Leaving Certificate Examination (including Day School Certificate (Higher) General paper), 1929
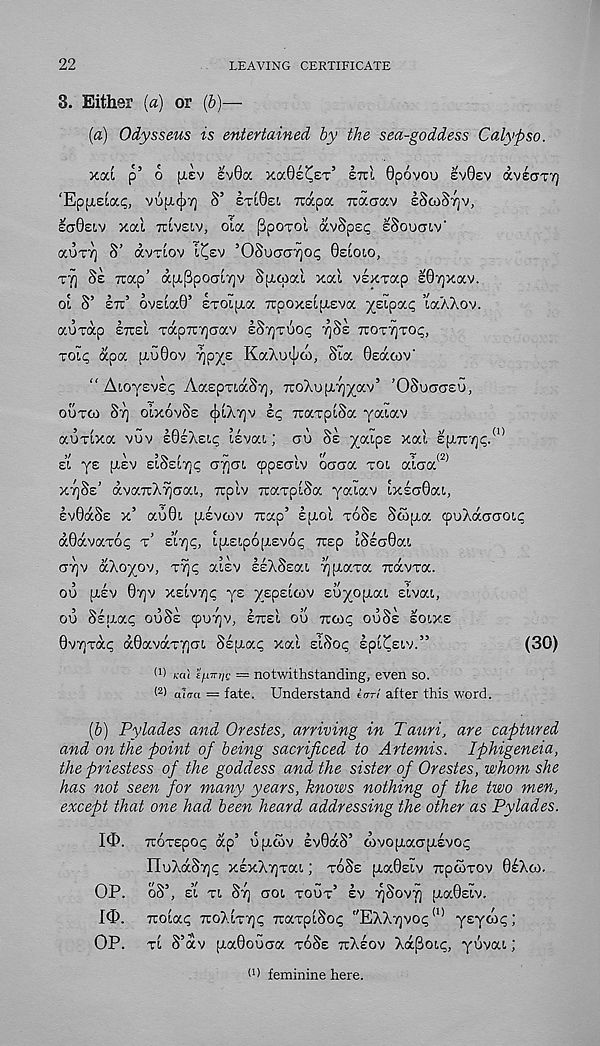
22
LEAVING CERTIFICATE
8. Either («) or (b)—
(a) Odysseus is entertained by the sea-goddess Calypso.
xod p’ 6 [LEV !v0oc xaGe^ST 5 ini Gpovou EVGEV aviary}
‘EpfLEiai;, vup.cj)7] S’ ETIGEI TOXpa naaocv iSo)8y]v,
iadsiv xod TCivsiv, ola Ppoxol avSps^ ISoucnv -
KUT7] S’ (XVTLOV l^EV ’OSu(TCT7]Oi; 0SLOIO,
TJ1 Si Trap’ dji,[3pocTi7]v Spicoal xal vsxvap IGyjxav.
oi S’ in’ ovsiaG’ STOipia TTpoxsipiEva xeipa? laXXov.
auxdp ETTEI TapTCTjcrav ES7)TUO<; ^SE TTOTTjTO^,
xoip dpa u.G0ov 7]px £ KaXi>(J;d), Sia Gsdoov'
" AioysvEi; AaspTidST), TcoXoptyj^av’ ’OSOCTCJEU,
OUTO) ST] oixovSs cjiiXiQv ip TtaxpiSa yaiav
aoTixa vuv EGEXEIP isvai; au SE yaips xal £pL7i'/]p. (I)
EI ys piiv siSsiTjp G7]at 9p£aiv oaaoc roi odaa (2>
XT]SE’ dvccnXyjaoa, rcplv rcaxpiSa yaiav ixsaGai,
EvGdSs x’ ao0i piEvcov Trap’ Ipiol XOSE Swpia <puXd(7croi<;
dGdvaxot; x’ E’ITJC, ipi£ip6[X£v6<; Trsp iSsaGai
ayjv oCkoyov, xTjp aisv EEXSEKI T^piaxa irdvxa.
oo pilv 07)v XEivyc ys yspsicov suyopiai sivai,
ou Ssaap OOSE cpu7)v, ETTEI OU noop ouSs soixs
GvTjxdp d0avdx7]cu Sspiap xai siSoc; spi^Eiv.”
I 1 ) rai ifxiviiQ = notwithstanding, even so.
( 2 > a lira = fate. Understand tor/ after this word.
(30)
(&) Pylades and Orestes, arriving in Tauri, are captured
and on the point of being sacrificed to Artemis. Iphigeneia,
the priestess of the goddess and the sister of Orestes, whom she
has not seen for many years, knows nothing of the two men,
except that one had been heard addressing the other as Pylades.
I<1>. TTOXEpOp dp’ UjjlWV EV0dS’ GOVO[J.OCO[JL£VOP
IIoXdSTjc XExX7)xai; XOSE [xaGsiv irpcoxov G^Xoo.
OP. oS’, EI xi ST] aoi xoux’ EV rjSovrj piaGsiv.
10. Troiac; 7C-0Xix7]p TraxpiSoi; "EXX^vop <I) ysydop;
OP. xi S’dv piaGouCTa xoSs TCXEOV Xd[3oi<;, yuvai;
(1 > feminine here.